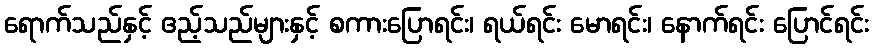
ရောက်သည်နှင့် ဧည့်သည်များနှင့် စကားပြောရင်း၊ ရယ်ရင်း မောရင်း၊ နောက်ရင်း ပြောင်ရင်း